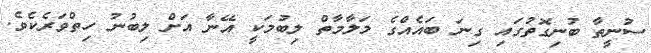
ސުނީތާ ބުނިގޮތުގައި ގިނަ ބައެއްގެ މަލާމާތް ލިބުމަކީ އޭނާ އަށް ލިބުނު ހިތްވަރެކެވެ.